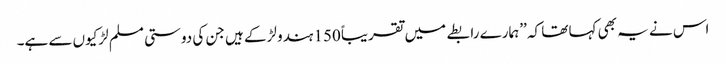
اس نے یہ بھی کہا تھا کہ ’’ہمارے رابطے میں تقریباً 150 ہندو لڑکے ہیں جن کی دوستی مسلم لڑکیوں سے ہے۔